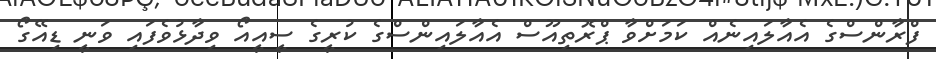
ފްރާންސްގެ އެއާލައިނެއް ކަމަށްވާ ޕްރޮތިއޫސް އެއާލައިންސްގެ ކުރީގެ ސީއީއޯ ވިދާޅުވެފައި ވަނީ ޑިއޭގޯ